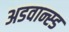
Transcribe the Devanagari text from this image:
अडवान्स्ड